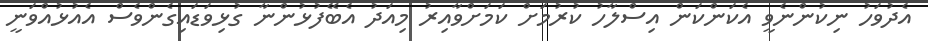
އެދުވަހު ނިކުންނެވީ އެކަންކަން އިސްލާހު ކުރުމަށް ކަމަށްވާއިރު މިއަދު އެބޭފުޅުންނާ ގުޅިވަޑައިގެންވެސް އެއުޅުއްވަނީ